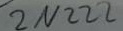
Text: 2N222